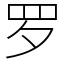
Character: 罗